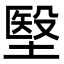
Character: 㙠